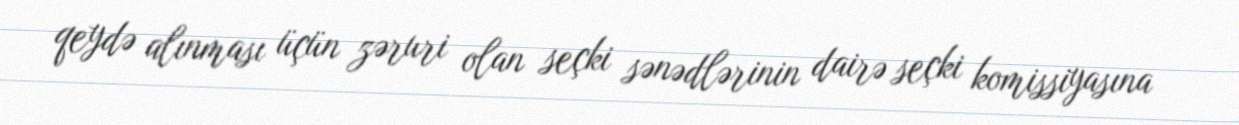
qeydə alınması üçün zəruri olan seçki sənədlərinin dairə seçki komissiyasına